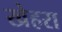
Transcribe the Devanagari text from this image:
खेहरा